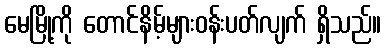
မေမြို့ကို တောင်နိမ့်များဝန်းပတ်လျက် ရှိသည်။